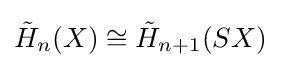
{\tilde {H}}_{n}(X)\cong {\tilde {H}}_{n+1}(SX)